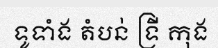
ទូទាំង តំបន់ ទ្រី កុង